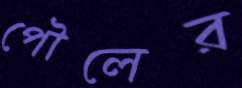
পৌলের